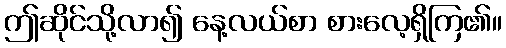
ဤဆိုင်သို့လာ၍ နေ့လယ်စာ စားလေ့ရှိကြ၏။